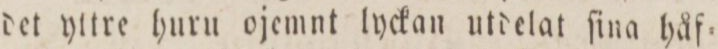
det yttre huru ojemnt lyckan utdelat ſina håf=